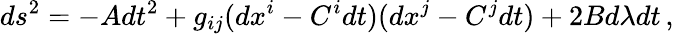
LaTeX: ds^{2}=-Adt^{2}+g_{ij}(dx^{i}-C^{i}dt)(dx^{j}-C^{j}dt)+2Bd\lambda dt\, ,